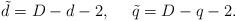
LaTeX: \begin{align*}\tilde d=D-d-2,~~~~\tilde q=D-q-2.\end{align*}